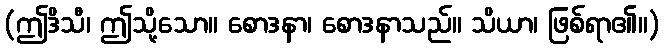
(ဤဒိသီ၊ ဤသို့သော။ စောဒနာ၊ စောဒနာသည်။ သိယာ၊ ဖြစ်ရာ၏။)